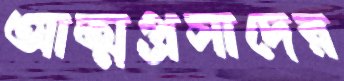
আত্মপ্রসাদের